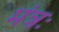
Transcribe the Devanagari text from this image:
मंत्रः